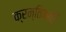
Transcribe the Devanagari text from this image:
क्रन्तिकारि